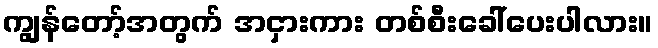
ကျွန်တော့်အတွက် အငှားကား တစ်စီးခေါ်ပေးပါလား။